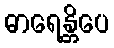
ဓာရေန္တိပေ